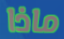
ماذا